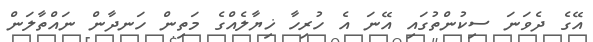
އޭގެ ދެވަނަ ސިކުންތުގައި އޭނަ އެ ހުރިހާ ޚިޔާލެއްގެ މަތިން ހަނދާން ނައްތާލަން